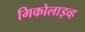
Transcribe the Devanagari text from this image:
मिकोलाइव्ह